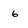
Character: 6